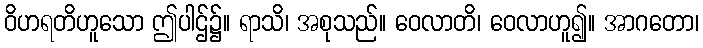
ဝိဟရတိဟူသော ဤပါဌ်၌။ ရာသိ၊ အစုသည်။ ဝေလာတိ၊ ဝေလာဟူ၍။ အာဂတော၊